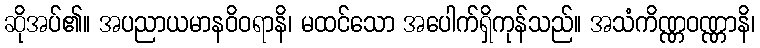
ဆိုအပ်၏။ အပညာယမာနဝိဝရာနိ၊ မထင်သော အပေါက်ရှိကုန်သည်။ အသံကိဏ္ဏဝဏ္ဏာနိ၊